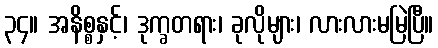
၃၄။ အနိစ္စနှင့်၊ ဒုက္ခတရား၊ ခုလိုများ၊ လားလားမမြဲပြီ။